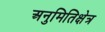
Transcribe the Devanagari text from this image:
अनुमितिक्षेत्र